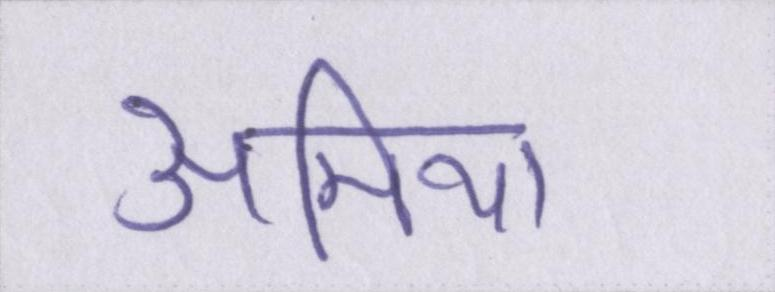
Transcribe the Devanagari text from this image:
अमिया